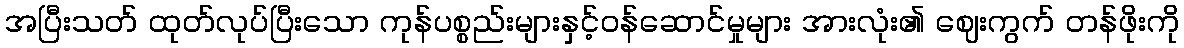
အပြီးသတ် ထုတ်လုပ်ပြီးသော ကုန်ပစ္စည်းများနှင့်ဝန်ဆောင်မှုများ အားလုံး၏ ဈေးကွက် တန်ဖိုးကို